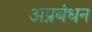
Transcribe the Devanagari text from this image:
अप्रबंधन